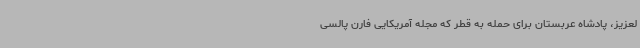
لعزیز، پادشاه عربستان برای حمله به قطر که مجله آمریکایی فارن پالسی